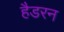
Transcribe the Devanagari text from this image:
हैडरन